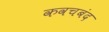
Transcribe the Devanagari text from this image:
कवचबंद